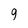
Character: 9